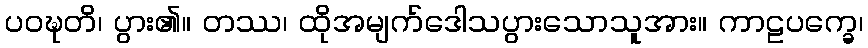
ပဝဍ္ဎတိ၊ ပွား၏။ တဿ၊ ထိုအမျက်ဒေါသပွားသောသူအား။ ကာဠပက္ခေ၊